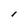
Character: l